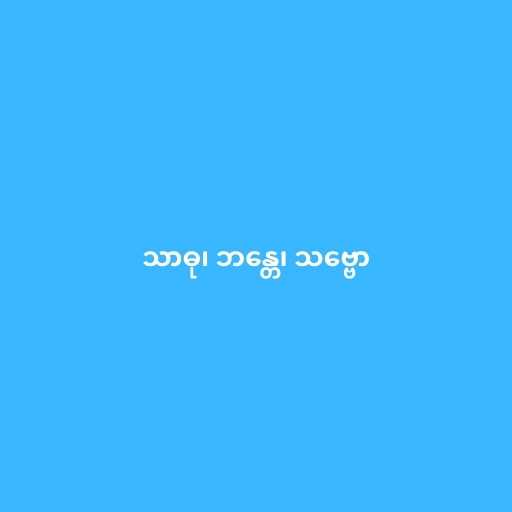
သာဓု၊ ဘန္တေ၊ သဗ္ဗော